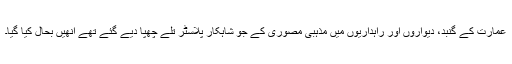
عمارت کے گنبد، دیواروں اور راہداریوں میں مذہبی مصوری کے جو شاہکار پلاسٹر تلے چھپا دیے گئے تھے انھیں بحال کیا گیا۔